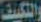
والتكييف